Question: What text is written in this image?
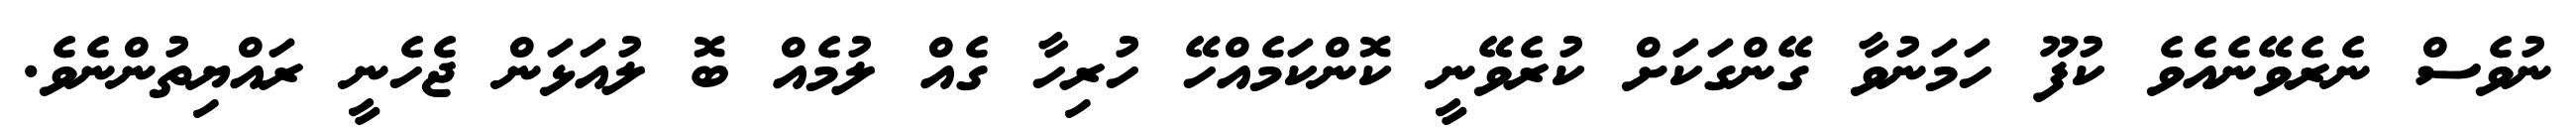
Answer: ނުވެސް ނެރެވޭނެއެވެ ކުފޫ ހަމަނުވާ ގޭންގަކަށް ކުރެވޭނީ ކޮންކަމެއްހޭ ހުރިހާ ގެއް ލުމެއް ބޮ ލުއަޅަން ޖެހެނީ ރައްޔިތުންނެވެ.